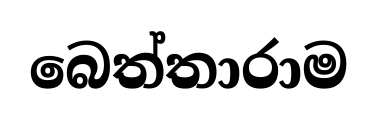
බෙත්තාරාම